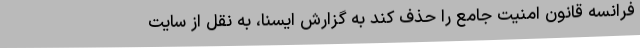
فرانسه قانون امنیت جامع را حذف کند به گزارش ایسنا، به نقل از سایت